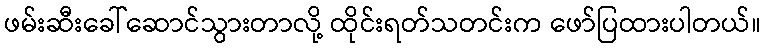
ဖမ်းဆီးခေါ်ဆောင်သွားတာလို့ ထိုင်းရတ်သတင်းက ဖော်ပြထားပါတယ်။